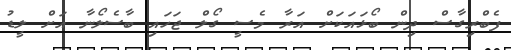
ފެބްރިގާސް ދިން ބޯޅައަކަށް އަރާ މެސީ ގޯލް ޖަހައި ބާސެލޯނާ އަށް ލީޑު